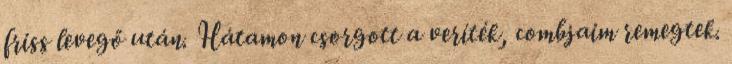
friss levegő után. Hátamon csorgott a veríték, combjaim remegtek.